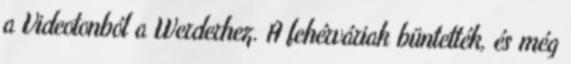
a Videotonból a Werderhez. A fehérváriak büntették, és még